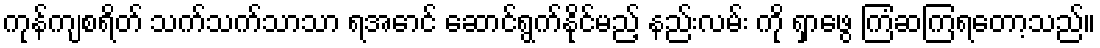
ကုန်ကျစရိတ် သက်သက်သာသာ ရအောင် ဆောင်ရွက်နိုင်မည့် နည်းလမ်း ကို ရှာဖွေ ကြံဆကြရတော့သည်။